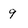
Character: 9